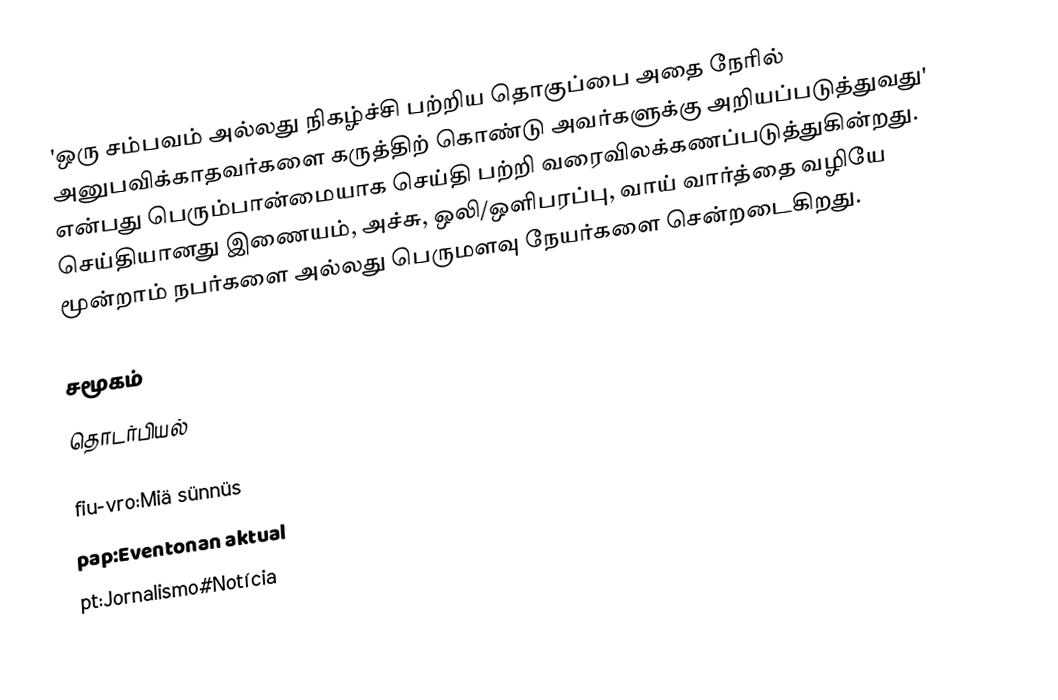
'ஒரு சம்பவம் அல்லது நிகழ்ச்சி பற்றிய தொகுப்பை அதை நேரில் அனுபவிக்காதவர்களை கருத்திற் கொண்டு அவர்களுக்கு அறியப்படுத்துவது' என்பது பெரும்பான்மையாக செய்தி பற்றி வரைவிலக்கணப்படுத்துகின்றது. செய்தியானது இணையம், அச்சு, ஒலி/ஒளிபரப்பு, வாய் வார்த்தை வழியே மூன்றாம் நபர்களை அல்லது பெருமளவு நேயர்களை சென்றடைகிறது.

சமூகம்
தொடர்பியல்

fiu-vro:Miä sünnüs
pap:Eventonan aktual
pt:Jornalismo#Notícia